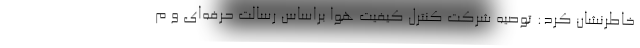
خاطرنشان کرد: توصیه شرکت کنترل کیفیت هوا براساس رسالت حرفه‌ای و م